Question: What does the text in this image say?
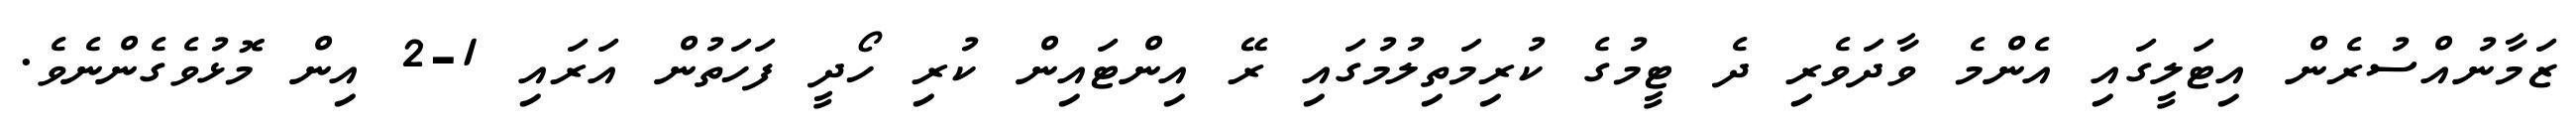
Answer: ޒަމާނުއްސުރެން އިޓަލީގައި އެންމެ ވާދަވެރި ދެ ޓީމުގެ ކުރިމަތިލުމުގައި ރޭ އިންޓައިން ކުރި ހޯދީ ފަހަތުން އަރައި 1-2 އިން މޮޅުވެގެންނެވެ.